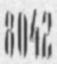
8042